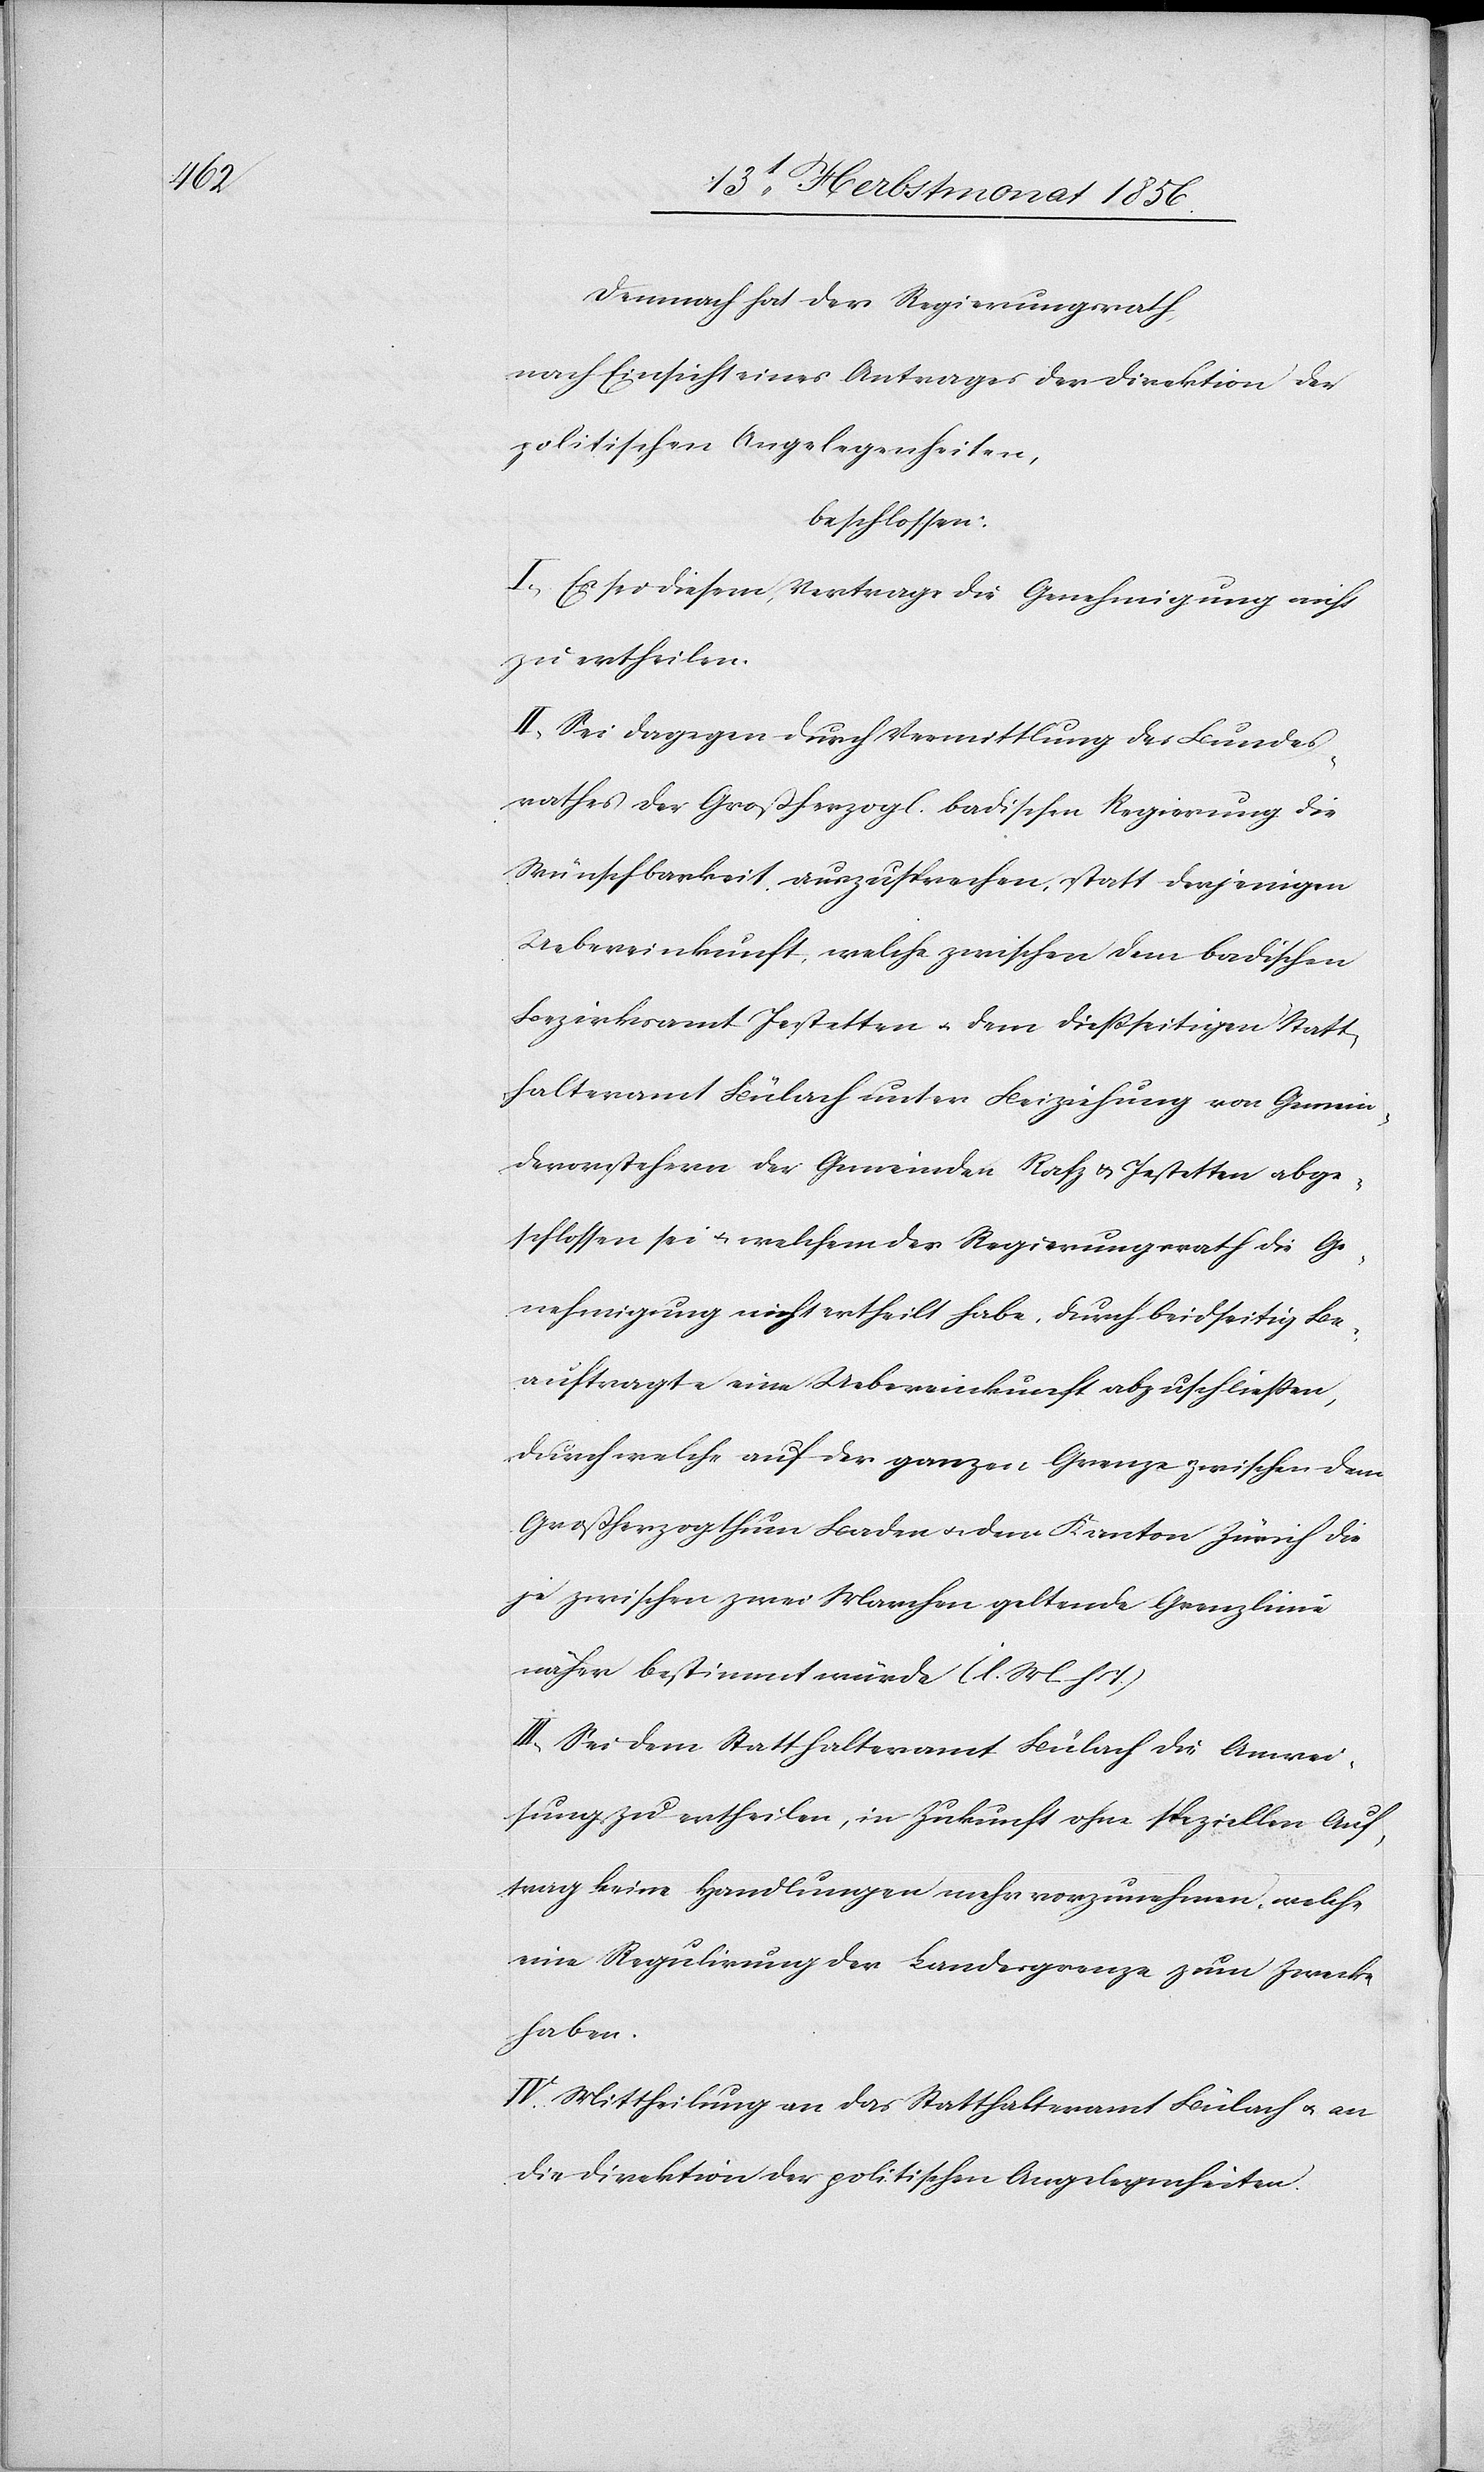
Demnach hat der Regierungsrath,
nach Einsicht eines Antrages der Direktion der
politischen Angelegenheiten,
beschlossen:
I.) Es sei diesem Vertrage die Genehmigung nicht
zu ertheilen.
II.) Sei dagegen durch Vermittlung des Bundes¬
rathes der Großherzogl. badischen Regierung die
Wünschbarkeit auszusprechen, statt derjenigen
Uebereinkunft, welche zwischen dem badischen
Bezirksamt Jestetten u. dem diessseitigen Statt¬
halteramt Bülach unter Beiziehung von Gemein¬
devorstehern der Gemeinden Rafz & Jestetten abge¬
schlossen sei u. welchem der Regierungsrath die Ge¬
nehmigung nicht ertheilt habe, durch beidseitig Be¬
auftragte eine Uebereinkunft abzuschliessen,
durch welche auf der ganzen Grenze zwischen dem
Großherzogthum Baden u. dem Kanton Zürich die
je zwischen zwei Marchen geltende Grenzlinie
näher bestimmt würde (l. M. h T.)
III.) Sei dem Statthalteramt Bülach die Anwei¬
sung zu ertheilen, in Zukunft ohne speziellen Auf¬
trag keine Handlungen mehr vorzunehmen, welche
eine Regulirung der Landesgrenze zum Zwecke
haben.
IV.) Mittheilung an das Statthalteramt Bülach u. an
die Direktion der politischen Angelegenheiten.